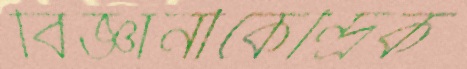
বিজ্ঞানীকেন্দ্রিক